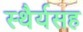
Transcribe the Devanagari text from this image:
स्थैर्यसह